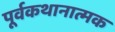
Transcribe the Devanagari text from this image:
पूर्वकथानात्मक